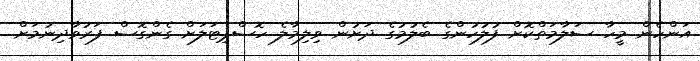
އަންހެން މީހާ ސަލާމަތްކޮށް ފުލުހުންގެ ބެލުމުގެ ދަށުން ވިލިމާލެ ހޮސްޕިޓަލަށް ގެންގޮސް ފަރުވާދިނުމަށް